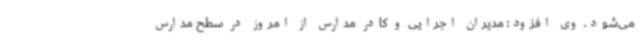
می‌شود. وی افزود: مدیران اجرایی و کادر مدارس از امروز در سطح مدارس